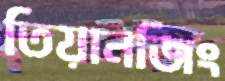
তিয়ানজিং